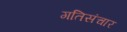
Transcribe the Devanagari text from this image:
गतिसंचार